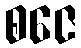
စဇေ